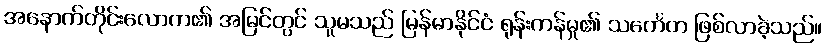
အနောက်တိုင်းလောက၏ အမြင်တွင် သူမသည် မြန်မာနိုင်ငံ ရုန်းကန်မှု၏ သင်္ကေတ ဖြစ်လာခဲ့သည်။